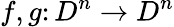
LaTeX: f,g\colon D^{n}\to D^{n}